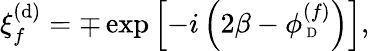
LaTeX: \xi_{f}^{(\mathrm{d})}=\mp\exp\left[-i\left(2\beta-\phi_{\mathrm{{{\scriptsize~D}}}}^{(f)}\right)\right],